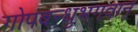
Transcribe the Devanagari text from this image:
गोपबन्धुभगवान